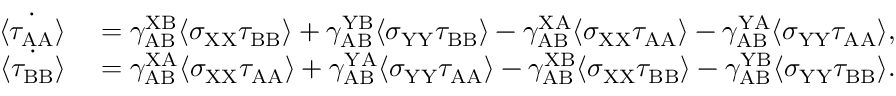
\begin{array} { r l } { \dot { \langle \tau _ { \mathrm { A A } } \rangle } } & { { } = \gamma _ { \mathrm { A B } } ^ { \mathrm { X B } } \langle \sigma _ { \mathrm { X X } } \tau _ { \mathrm { B B } } \rangle + \gamma _ { \mathrm { A B } } ^ { \mathrm { Y B } } \langle \sigma _ { \mathrm { Y Y } } \tau _ { \mathrm { B B } } \rangle - \gamma _ { \mathrm { A B } } ^ { \mathrm { X A } } \langle \sigma _ { \mathrm { X X } } \tau _ { \mathrm { A A } } \rangle - \gamma _ { \mathrm { A B } } ^ { \mathrm { Y A } } \langle \sigma _ { \mathrm { Y Y } } \tau _ { \mathrm { A A } } \rangle , } \\ { \dot { \langle \tau _ { \mathrm { B B } } \rangle } } & { { } = \gamma _ { \mathrm { A B } } ^ { \mathrm { X A } } \langle \sigma _ { \mathrm { X X } } \tau _ { \mathrm { A A } } \rangle + \gamma _ { \mathrm { A B } } ^ { \mathrm { Y A } } \langle \sigma _ { \mathrm { Y Y } } \tau _ { \mathrm { A A } } \rangle - \gamma _ { \mathrm { A B } } ^ { \mathrm { X B } } \langle \sigma _ { \mathrm { X X } } \tau _ { \mathrm { B B } } \rangle - \gamma _ { \mathrm { A B } } ^ { \mathrm { Y B } } \langle \sigma _ { \mathrm { Y Y } } \tau _ { \mathrm { B B } } \rangle . } \end{array}